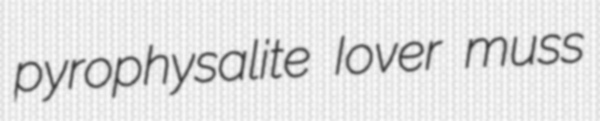
pyrophysalite Iover muss